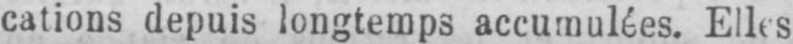
cations depuis longtemps accumulées. Elles